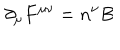
LaTeX: { \partial } _ { \mu } F ^ { { \mu } { \nu } } = n ^ { \nu } B